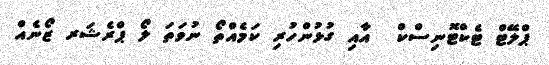
ޕްލޭޓް ޓެކްޓޮނިސްކް  އާއި ގުޅުންހުރި ކަމެއްތޯ ނުވަތަ ލޯ ޕްރެޝަރ ޒޯނެއް